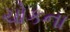
ચોકના